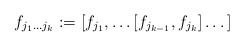
\begin{align*}f_{j_1 \dots j_k} := [ f_{j_1} , \dots [f_{j_{k-1}},f_{j_k}]\dots ]\end{align*}